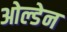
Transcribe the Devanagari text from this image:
ओल्डेन